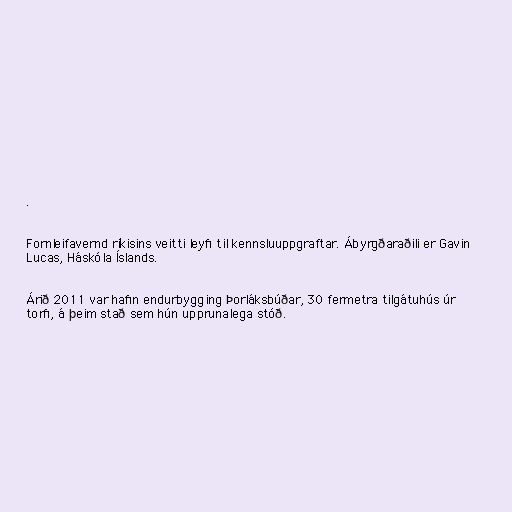
.

Fornleifavernd ríkisins veitti leyfi til kennsluuppgraftar. Ábyrgðaraðili er Gavin
Lucas, Háskóla Íslands.

Árið 2011 var hafin endurbygging Þorláksbúðar, 30 fermetra tilgátuhús úr
torfi, á þeim stað sem hún upprunalega stóð.